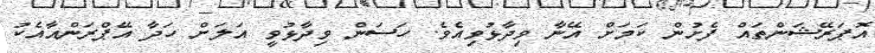
އޮޕަރޭޝަންތައް ފެށުން ކަމަށް އޭނާ ވިދާޅުވިއެވެ. ހަސަން ވިދާޅުވީ އަލަށް ހަދާ އޭޕްރަންއާއެކު